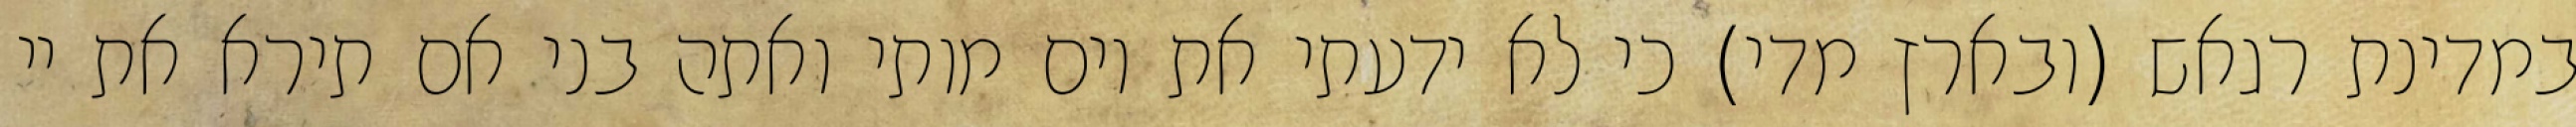
במדינת רגאש (ובארץ מדי) כי לא ידעתי את יום מותי ואתה בני אם תירא את יי